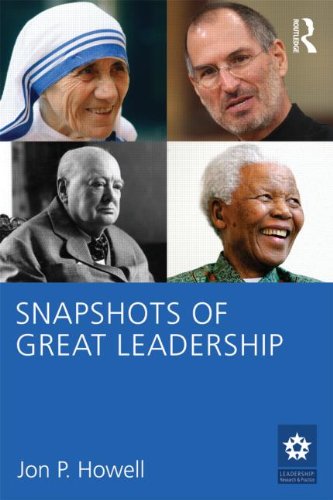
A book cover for Snapshots of Great Leadership (LEADERSHIP: Research and Practice); Jon P. Howell; Health, Fitness & Dieting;